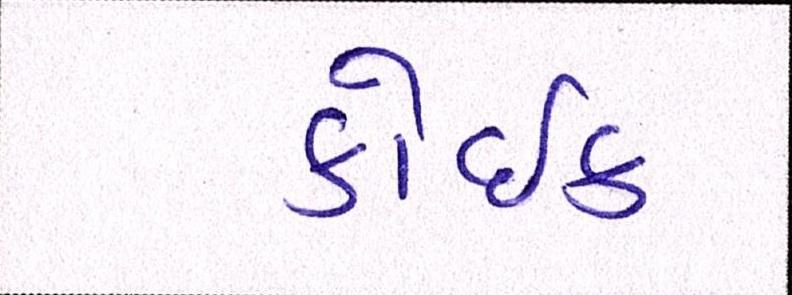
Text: કોઈક